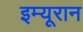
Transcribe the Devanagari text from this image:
इम्यूरान